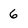
Character: 6